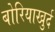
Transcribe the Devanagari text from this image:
बोरियाखुर्द